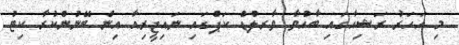
މި އަހަރު ރަޝިއާގައި ބާއްވާ ވާރލްޑް ކަޕްގައި ނައިޖީރިއާ އިން ބޭނުންކުރާ ކިޓު